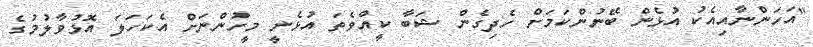
"އަހަންނާއިއެކު އުޅެން ބޭނުންކަމަށް ހެދިގެން ޝަބާ ކީއްވެތަ އުޅެނީ މީހުންނަށް އެކަހަލަ އޮޅުވާލުމުގެ